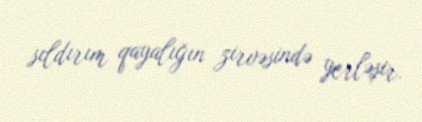
sıldırım qayalığın zirvəsində yerləşir.